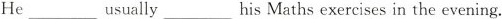
He ______usually____his Maths exercises in the evening.